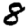
Digit: 8